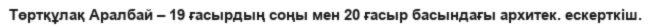
Төртқұлақ Аралбай – 19 ғасырдың соңы мен 20 ғасыр басындағы архитек. ескерткіш.